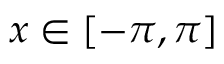
x \in [ - \pi , \pi ]